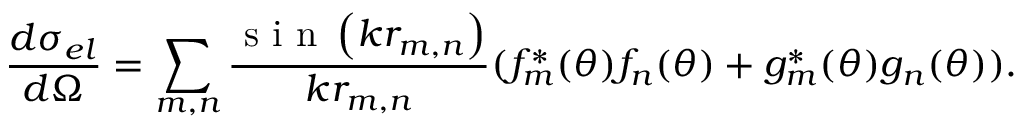
\frac { d \sigma _ { e l } } { d \Omega } = \sum _ { m , n } \frac { \mathrm { ~ s ~ i ~ n ~ } \left( k r _ { m , n } \right) } { k r _ { m , n } } ( f _ { m } ^ { * } ( \theta ) f _ { n } ( \theta ) + g _ { m } ^ { * } ( \theta ) g _ { n } ( \theta ) ) .